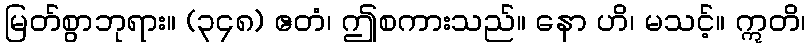
မြတ်စွာဘုရား။ (၃၄၈) ဧတံ၊ ဤစကားသည်။ နော ဟိ၊ မသင့်။ ဣတိ၊